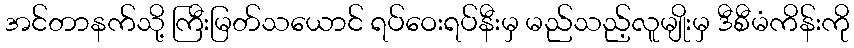
အင်တာနက်သို့ ကြီးမြတ်သယောင် ရပ်ဝေးရပ်နီးမှ မည်သည့်လူမျိုးမှ ဒီစီမံကိန်းကို